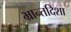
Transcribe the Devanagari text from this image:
भ्रान्तदिशा